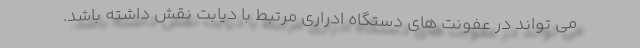
می تواند در عفونت های دستگاه ادراری مرتبط با دیابت نقش داشته باشد.